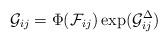
LaTeX: \begin{align*}\mathcal G_{ij}=\Phi(\mathcal{F}_{ij})\exp(\mathcal G^\Delta_{ij})\end{align*}